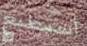
أستطيع